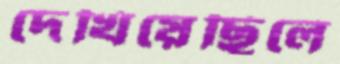
দেখিয়েছিলে